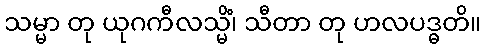
သမ္မာ တု ယုဂကီလသ္မိံ၊ သီတာ တု ဟလပဒ္ဓတိ။